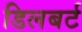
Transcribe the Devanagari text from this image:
डिलबर्ट